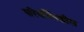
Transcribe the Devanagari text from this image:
परिवर्तिनशील